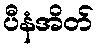
ပီနံအိတ်